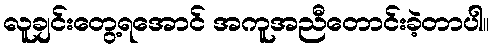
လူချင်းတွေ့ရအောင် အကူအညီတောင်းခဲ့တာပါ။